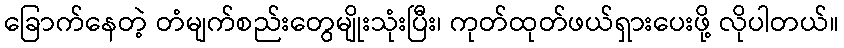
ခြောက်နေတဲ့ တံမျက်စည်းတွေမျိုးသုံးပြီး၊ ကုတ်ထုတ်ဖယ်ရှားပေးဖို့ လိုပါတယ်။